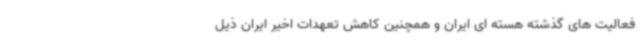
فعالیت های گذشته هسته ای ایران و همچنین کاهش تعهدات اخیر ایران ذیل